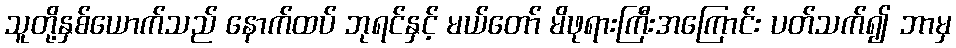
သူတို့နှစ်ယောက်သည် နောက်ထပ် ဘုရင်နှင့် မယ်တော် မိဖုရားကြီးအကြောင်း ပတ်သက်၍ ဘာမှ